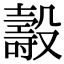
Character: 𣫐